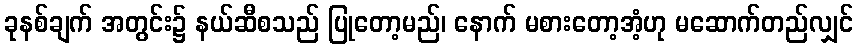
ခုနစ်ချက် အတွင်း၌ နယ်ဆီစသည် ပြုတော့မည်၊ နောက် မစားတော့အံ့ဟု မဆောက်တည်လျှင်